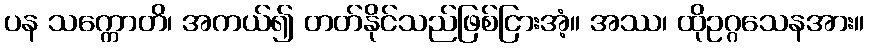
ပန သက္ကောတိ၊ အကယ်၍ တတ်နိုင်သည်ဖြစ်ငြားအံ့။ အဿ၊ ထိုဥဂ္ဂသေနအား။